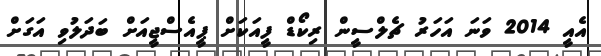
އެއީ 2014 ވަނަ އަހަރު ޗެލްސީން ރިކޯޑް ފީއަކަށް ޕީއެސްޖީއަށް ބަދަލުވި އަގަށް